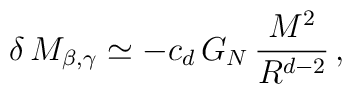
\delta \, M_{\beta , \gamma} \simeq - c_d \, G_N \, \frac{M^2}{R^{d-2}}\, ,